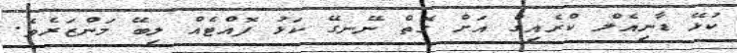
ކުޅޭ ޑާނިއެލް ކްރެއިގް އަށް ގޮތް ނޭނގޭ ކަޅު ފޮއްޓެއް ލިބޭ މަންޒަރެވެ.